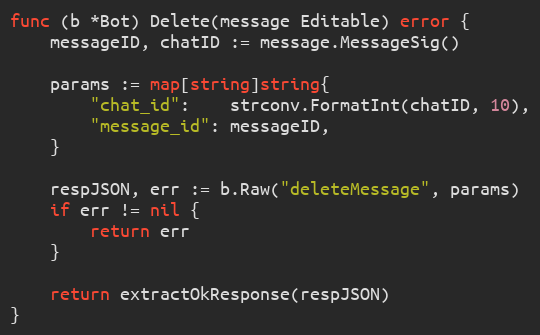
Language: Go
func (b *Bot) Delete(message Editable) error {
	messageID, chatID := message.MessageSig()

	params := map[string]string{
		"chat_id":    strconv.FormatInt(chatID, 10),
		"message_id": messageID,
	}

	respJSON, err := b.Raw("deleteMessage", params)
	if err != nil {
		return err
	}

	return extractOkResponse(respJSON)
}